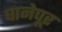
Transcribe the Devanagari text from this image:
घानेपूर